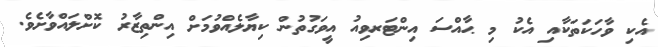
އެކި ވާހަކަތަކާއި އެކު މި ޙާއްސަ އިންޓަރވިއު އީވަގުތުން ކިޔާލެއްވުމަށް އިންތިޒާރު ކޮށްލައްވާށެވެ.